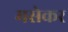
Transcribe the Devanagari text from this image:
मसेकर